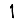
Digit: 1